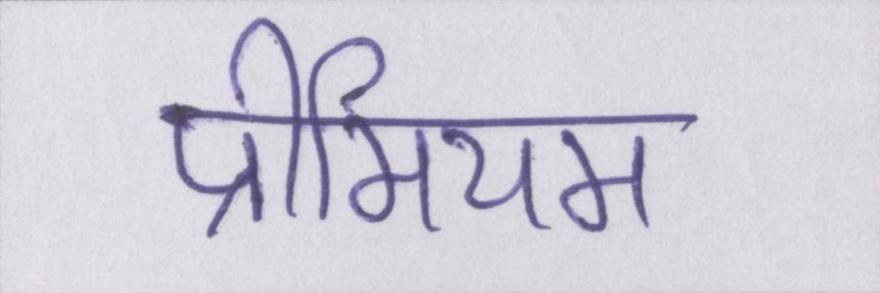
प्रीमियम